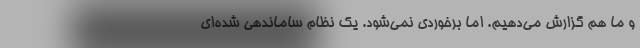
و ما هم گزارش مي‌دهيم. اما برخوردي نمي‌شود. يك نظام ساماندهي شده‌اي